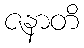
ဇနာတိ